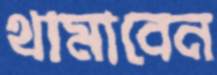
থামাবেন